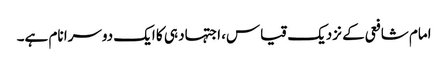
امام شافعی کے نزدیک قیاس، اجتہاد ہی کا ایک دوسرا نام ہے۔